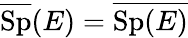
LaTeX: {\overline{{\operatorname{Sp}}}}(E)={\overline{{\operatorname{Sp}(E)}}}